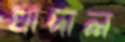
খাদাল